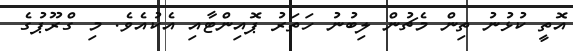
އޮތީ ކުޅުނު ތިން މެޗުން ލިބުނު ހަތަރު ޕޮއިންޓާއި އެކުއެވެ. މި ގްރޫޕުގެ